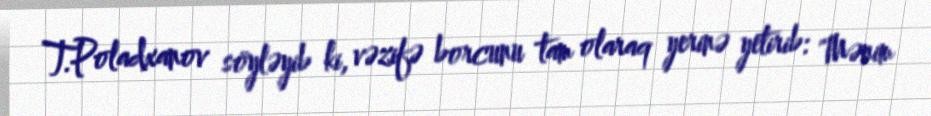
T.Poladxanov söyləyib ki, vəzifə borcunu tam olaraq yerinə yetirib: "Mənim